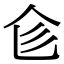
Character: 𠆹